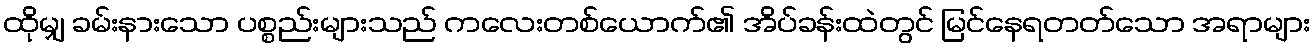
ထိုမျှ ခမ်းနားသော ပစ္စည်းများသည် ကလေးတစ်ယောက်၏ အိပ်ခန်းထဲတွင် မြင်နေရတတ်သော အရာများ